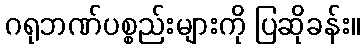
ဂရုဘဏ်ပစ္စည်းများကို ပြဆိုခန်း။